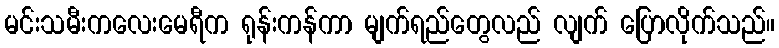
မင်းသမီးကလေးမေရီက ရုန်းကန်ကာ မျက်ရည်တွေလည် လျက် ပြောလိုက်သည်။